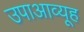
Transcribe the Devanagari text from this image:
उपाआव्यूह